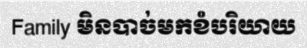
Family មិនបាច់មកខំបរិយាយ